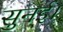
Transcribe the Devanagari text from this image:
सुनई।